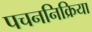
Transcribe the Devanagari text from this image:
पचननिक्रिया